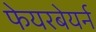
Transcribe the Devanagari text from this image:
फेयरबेयर्न